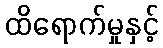
ထိရောက်မှုနှင့်